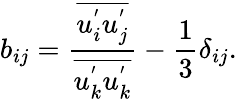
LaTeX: b_{ij}=\frac{\overline{{u_{i}^{'}u_{j}^{'}}}}{\overline{{u_{k}^{'}u_{k}^{'}}}}-\frac{1}{3}\delta_{ij}.